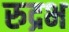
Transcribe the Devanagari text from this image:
रुद्रभ